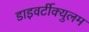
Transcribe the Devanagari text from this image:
डाइवर्टीक्युलम